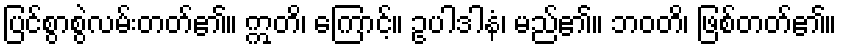
ပြင်စွာစွဲလမ်းတတ်၏။ ဣတိ၊ ကြောင့်။ ဥပါဒါနံ၊ မည်၏။ ဘဝတိ၊ ဖြစ်တတ်၏။